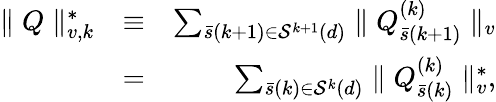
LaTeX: \begin{array}{rlr}{\parallel Q\parallel_{v,k}^{*}}&{\equiv}&{\sum_{\bar{s}(k+1)\in{\cal S}^{k+1}(d)}\parallel Q_{\bar{s}(k+1)}^{(k)}\parallel_{v}}\\ &{=}&{\sum_{\bar{s}(k)\in{\cal S}^{k}(d)}\parallel Q_{\bar{s}(k)}^{(k)}\parallel_{v}^{*},}\end{array}